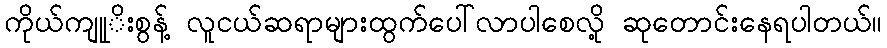
ကိုယ်ကျုုိးစွန့် လူငယ်ဆရာများထွက်ပေါ်လာပါစေလို့ ဆုတောင်းနေရပါတယ်။